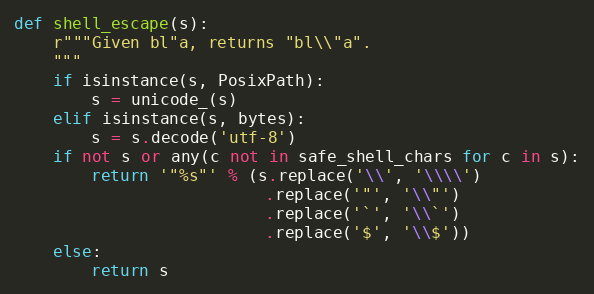
Language: Python
def shell_escape(s):
    r"""Given bl"a, returns "bl\\"a".
    """
    if isinstance(s, PosixPath):
        s = unicode_(s)
    elif isinstance(s, bytes):
        s = s.decode('utf-8')
    if not s or any(c not in safe_shell_chars for c in s):
        return '"%s"' % (s.replace('\\', '\\\\')
                          .replace('"', '\\"')
                          .replace('`', '\\`')
                          .replace('$', '\\$'))
    else:
        return s